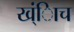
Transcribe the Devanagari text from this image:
ख्ंिाच